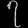
Digit: ၇